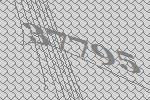
37795